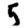
Digit: 5